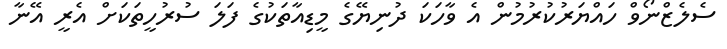
ސެލެޒްނޯވް ހައްޔަރުކުރުމުން އެ ވާހަކަ ދުނިޔޭގެ މީޑިއާތަކުގެ ފަލަ ސުރުހީތަކަށް އެރީ އޭނާ